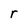
Character: r